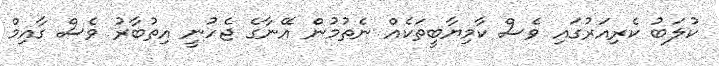
ކުލަބު ކެރިއަރުގައި ވެސް ކާމިޔާބީތަކެއް ނެތުމުން އޭނާގެ ޖެހުނީ އިތުބާރު ވެސް ގާއިމް